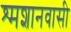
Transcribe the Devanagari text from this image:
श्मशानवासी